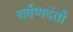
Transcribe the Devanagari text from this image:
चर्वणदंतों